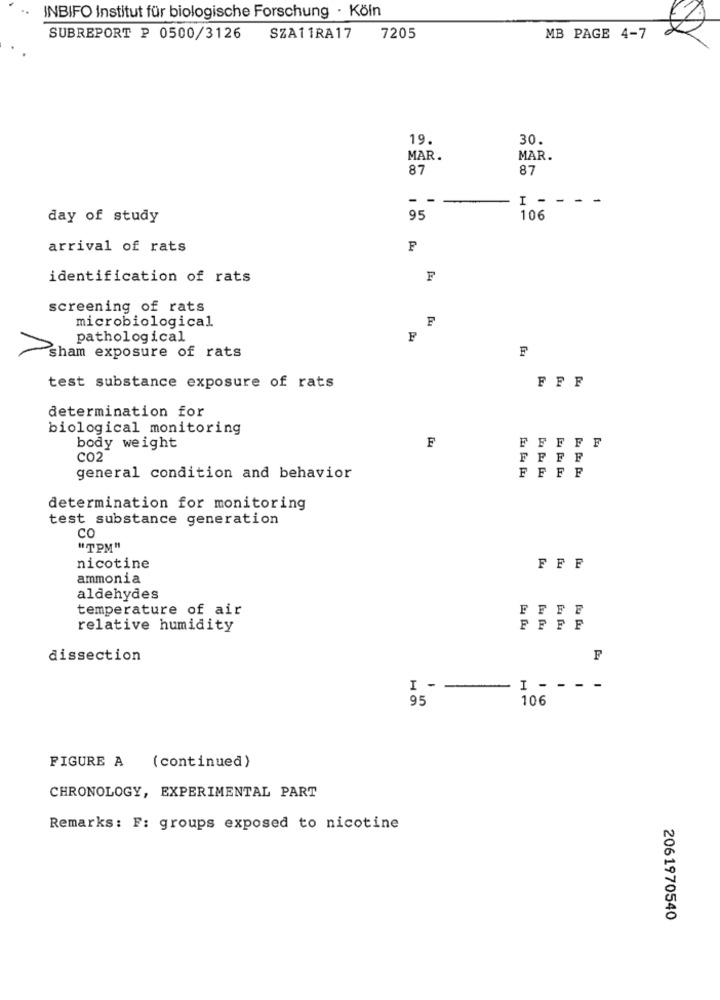
INBIFO Institut für biologische Forschung · Köln
SUBREPORT P 0500/3126
SZA11RA17
7205
MB PAGE 4-7
19.
30.
MAR.
MAR.
87
87
- -
I -
--
day of study
95
106
arrival of rats
F
identification of rats
F
screening of rats
microbiological
F
pathological
sham exposure of rats
F
FFF
test substance exposure of rats
determination for
biological monitoring
body weight
F
FFFF
CO2
FFFF
general condition and behavior
FFFF
determination for monitoring
test substance generation
co
"TPM"
nicotine
FFF
ammonia
aldehydes
temperature of air
FFF
relative humidity
FFFF
dissection
F
I -
I ----
95
106
FIGURE A (continued)
CHRONOLOGY, EXPERIMENTAL PART
Remarks: F: groups exposed to nicotine
2061970540